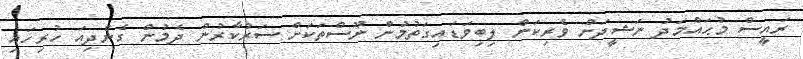
ރައީސް މުޙައްމަދު ނަޝީދަށް ވެރިކަން ލިބިވަޑައިގަތުމުން ނޫސްތަކަށް ސަރުކާރުން ދެމުން ގެންދިއަ ހުރިހައި